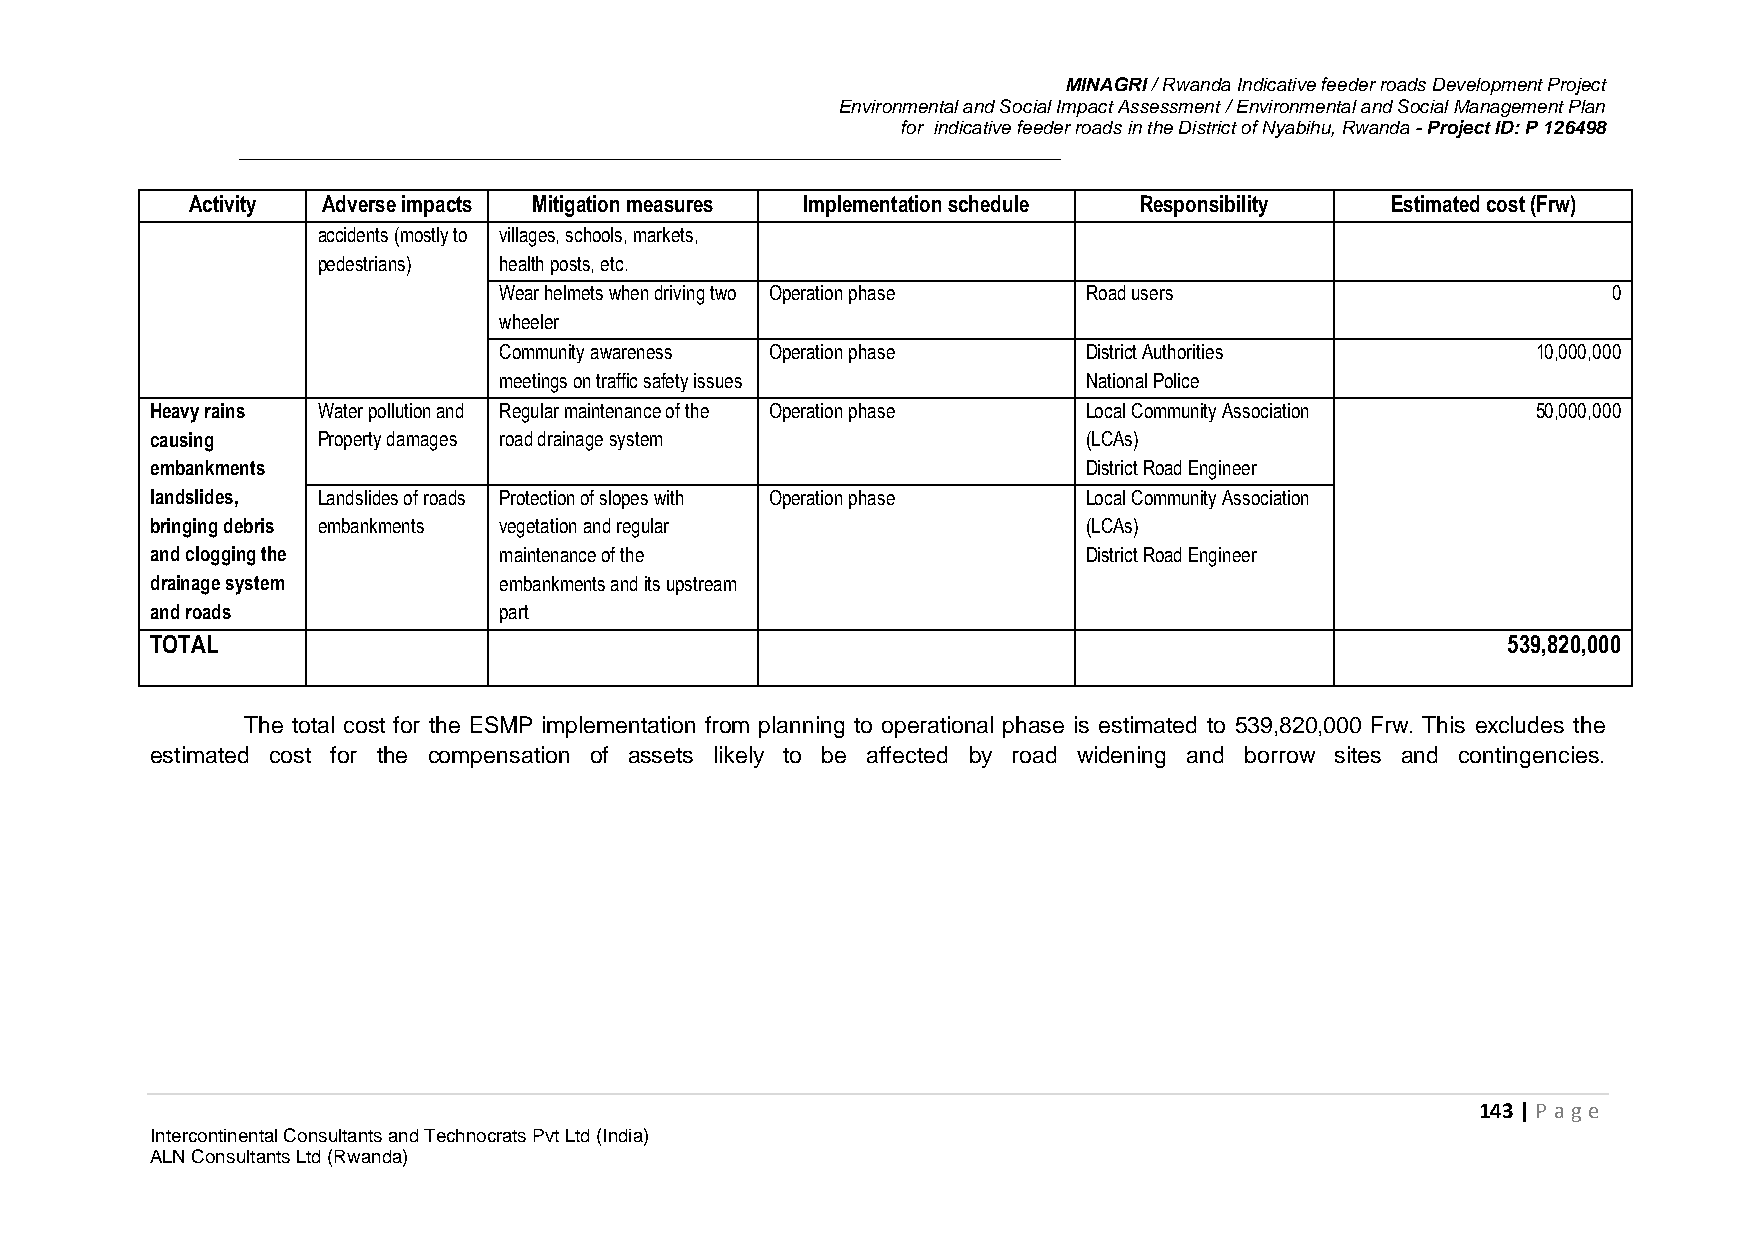
MINAGRI / Rwanda Indicative feeder roads Development Project
 Environmental and Social Impact Assessment / Environmental and Social Management Plan
 for indicative feeder roads in the District of Nyabihu, Rwanda - Project ID: P 126498
 Activity Adverse impacts Mitigation measures Implementation schedule Responsibility Estimated cost (Frw)
 accidents (mostly to villages, schools, markets,
 pedestrians) health posts, etc.
 Wear helmets when driving two Operation phase Road users                  0
 wheeler
 Community awareness Operation phase    District Authorities          10,000,000
 meetings on traffic safety issues      National Police
 Heavy rains Water pollution and Regular maintenance of the Operation phase Local Community Association 50,000,000
 causing    Property damages road drainage system              (LCAs)
 embankments                                                   District Road Engineer
 landslides, Landslides of roads Protection of slopes with Operation phase Local Community Association
 bringing debris embankments vegetation and regular            (LCAs)
 and clogging the       maintenance of the                     District Road Engineer
 drainage system        embankments and its upstream
 and roads              part
 TOTAL                                                                                     539,820,000
 The total cost for the ESMP implementation from planning to operational phase is estimated to 539,820,000 Frw. This excludes the
 estimated cost for the compensation of assets likely to be affected by road widening and borrow sites and contingencies.
 143 | P age
 Intercontinental Consultants and Technocrats Pvt Ltd (India)
 ALN Consultants Ltd (Rwanda)